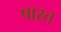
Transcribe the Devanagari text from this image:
पारत